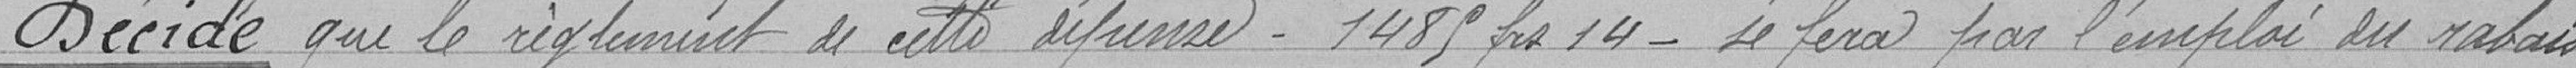
Décide que le règlement de cette dépense - 1485 francs 14 se fera par l'emploi du rabais